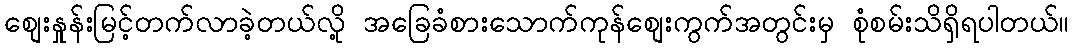
စျေးနှုန်းမြင့်တက်လာခဲ့တယ်လို့ အခြေခံစားသောက်ကုန်စျေးကွက်အတွင်းမှ စုံစမ်းသိရှိရပါတယ်။